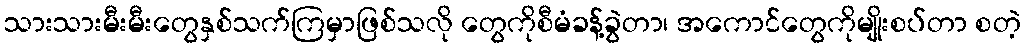
သားသားမီးမီးတွေနှစ်သက်ကြမှာဖြစ်သလို တွေကိုစီမံခန့်ခွဲတာ၊ အကောင်တွေကိုမျိုးစပ်တာ စတဲ့